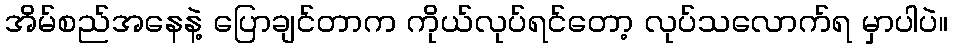
အိမ်စည်အနေနဲ့ ပြောချင်တာက ကိုယ်လုပ်ရင်တော့ လုပ်သလောက်ရ မှာပါပဲ။